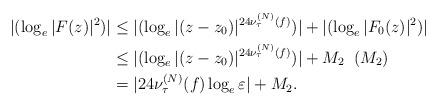
LaTeX: \begin{align*}|(\log_{e}|F(z)|^2)|&\leq |(\log_{e}|(z-z_0)|^{24\nu_\tau^{(N)}(f)})|+|(\log_{e}|F_0(z)|^2)| \\&\leq |(\log_{e}|(z-z_0)|^{24\nu_\tau^{(N)}(f)})|+ M_2 \;\; ( M_2)\\&= |24\nu_\tau^{(N)}(f)\log_{e} \varepsilon|+M_2.\end{align*}